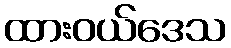
ထားဝယ်ဒေသ